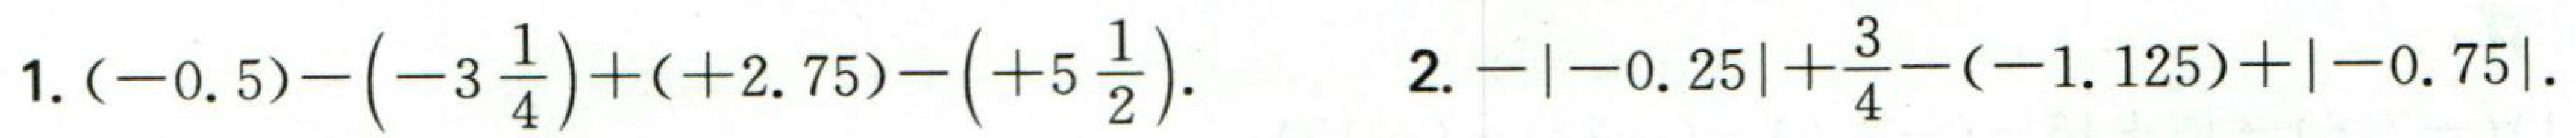
1. \((- 0.5)-\left(-3\frac{1}{4}\right)+( + 2.75)-\left(+5\frac{1}{2}\right)\).
2. \(-|-0.25|+\dfrac{3}{4}-(-1.125)+|-0.75|\).